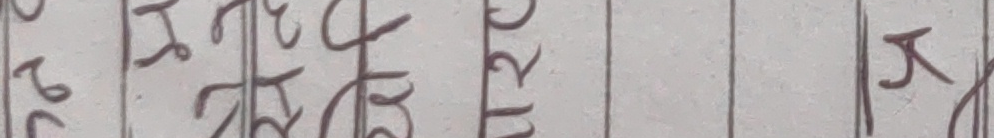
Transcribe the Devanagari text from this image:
२७ भनिएर रू